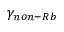
\gamma _ { n o n - R b }